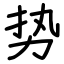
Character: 势